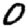
Digit: 0